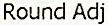
ROUND ADJ